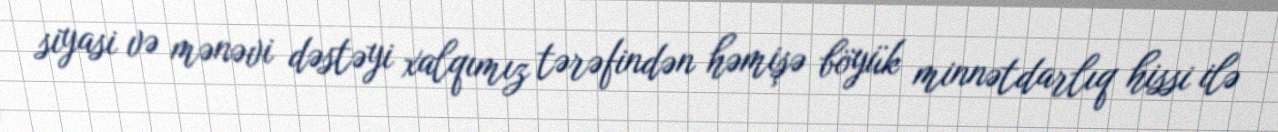
siyasi və mənəvi dəstəyi xalqımız tərəfindən həmişə böyük minnətdarlıq hissi ilə